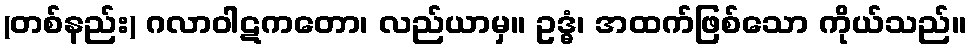
(တစ်နည်း) ဂလာဝါဋကတော၊ လည်ယာမှ။ ဥဒ္ဓံ၊ အထက်ဖြစ်သော ကိုယ်သည်။